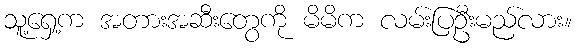
သူ့ရှေ့က အတားအဆီးတွေကို မိမိက လမ်းပြဦးမည်လား။